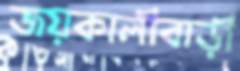
জয়কালীবাড়ী